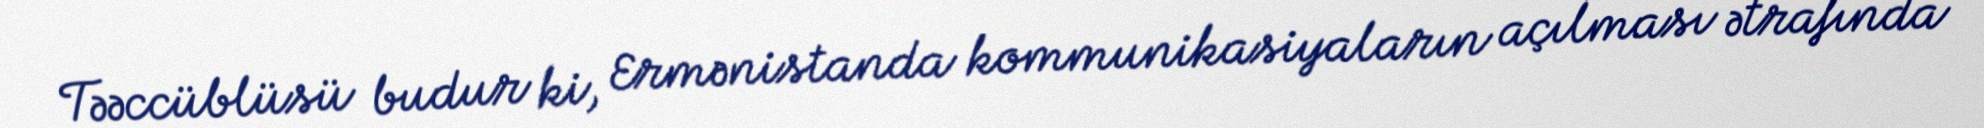
Təəccüblüsü budur ki, Ermənistanda kommunikasiyaların açılması ətrafında